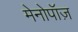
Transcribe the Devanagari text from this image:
मेनोपॉज़